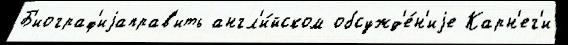
Б'иограф'иjаправ'ить англ'и́йском обсужд'е́н'иjе Карн'ег'и